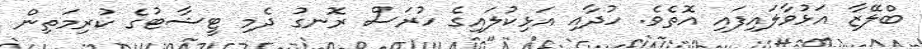
ބްލޭޒާ އަޅުވާލައިފައި އޮތެވެ. ހުދާއި އަޅިކުލައިގެ ހުރަސް ރޮނގު ދެމި ޓީޝާޓުގެ ކުރިމަތިން